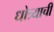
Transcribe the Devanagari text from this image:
धोत्र्याची